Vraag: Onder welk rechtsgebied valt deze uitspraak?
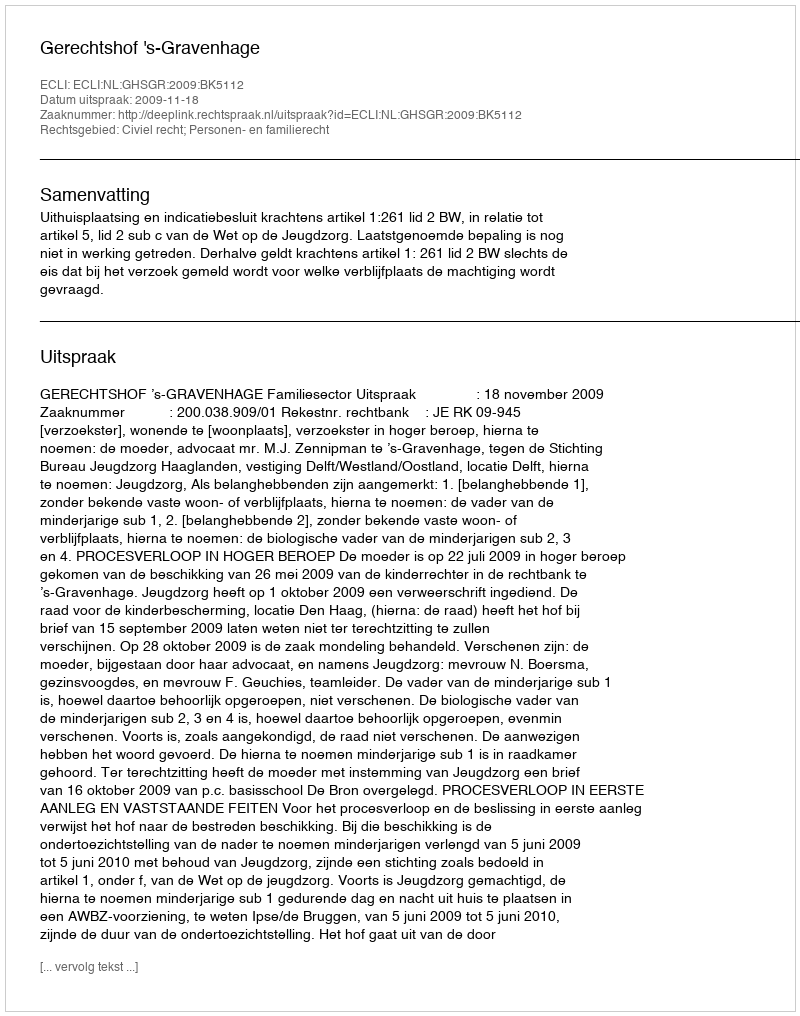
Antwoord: Civiel recht; Personen- en familierecht